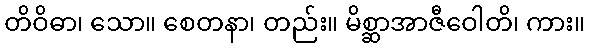
တိဝိဓာ၊ သော။ စေတနာ၊ တည်း။ မိစ္ဆာအာဇီဝေါတိ၊ ကား။